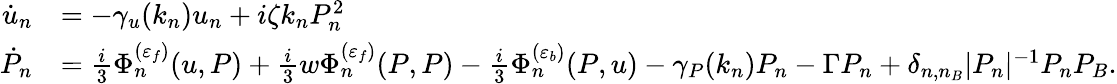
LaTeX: \begin{array}{rl}{\dot{u}_{n}}&{=-\gamma_{u}(k_{n})u_{n}+i\zeta k_{n}P_{n}^{2}}\\ {\dot{P}_{n}}&{=\frac{i}{3}\Phi_{n}^{(\varepsilon_{f})}(u,P)+\frac{i}{3}w\Phi_{n}^{(\varepsilon_{f})}(P,P)-\frac{i}{3}\Phi_{n}^{(\varepsilon_{b})}(P,u)-\gamma_{P}(k_{n})P_{n}-\Gamma P_{n}+\delta_{n,n_{B}}|P_{n}|^{-1}P_{n}P_{B}.}\end{array}